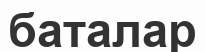
баталар